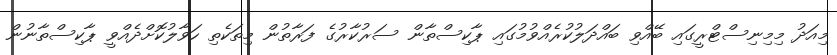
މިއަދު މިމިނިސްޓްރީގައި ބޭއްވި ބައްދަލުކުރެއްވުމުގައި ޕާކިސްތާން ސަރުކާރުގެ ފަރާތުން މިތަކެތި ހަވާލުކޮށްދެއްވީ ޕާކިސްތާނުން